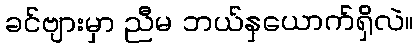
ခင်ဗျားမှာ ညီမ ဘယ်နှယောက်ရှိလဲ။